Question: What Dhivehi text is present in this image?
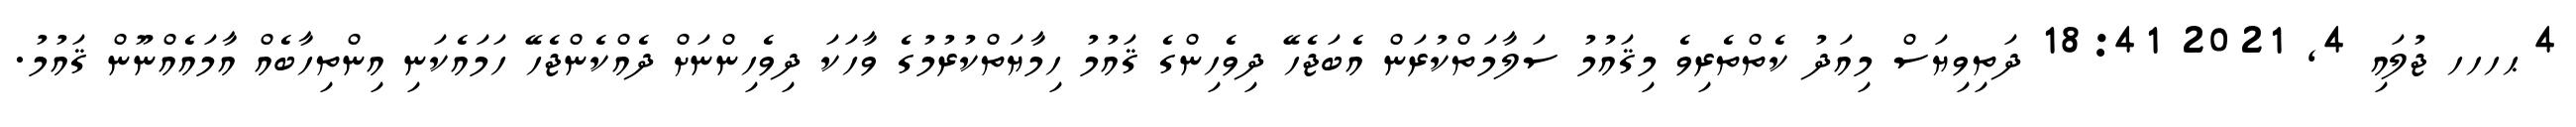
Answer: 4 ޙހހހ ޖުލައި 4, 2021 18:41 ދަތިވިޔަސް މިއަދު ކެތްތެރިވެ މިޤައުމު ސަލާމަތްކުރަން އެބަޖެހޭ ދިވެހިންގެ ޤައުމު ހިމާޔަތްކުރުމުގެ ވާހަކަ ދިވެހިންނަށް ދެއްކެންޖެހޭ ހަމައެކަނި އިންތިހާބެއް އާމައެއްނޫން ޤައުމު.